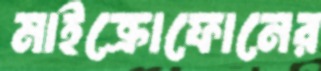
মাইক্রোফোনের